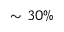
\sim 3 0 \%